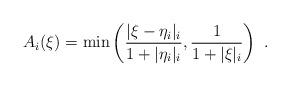
LaTeX: \begin{align*} A_i(\xi) = \min \left( \frac{|\xi- \eta_i|_i}{1+|\eta_i|_i}, \frac{1}{1+|\xi|_i} \right)~.\end{align*}